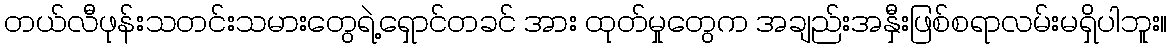
တယ်လီဖုန်းသတင်းသမားတွေရဲ့ရှောင်တခင် အား ထုတ်မှုတွေက အချည်းအနှီးဖြစ်စရာလမ်းမရှိပါဘူး။